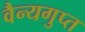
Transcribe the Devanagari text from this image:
वैन्यगुप्त